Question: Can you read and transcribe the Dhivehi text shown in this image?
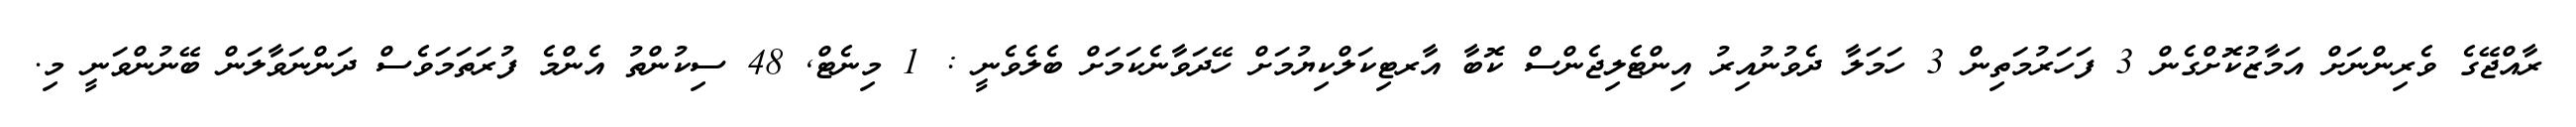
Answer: ރާއްޖޭގެ ވެރިންނަށް އަމާޒުކޮށްގެން 3 ފަހަރުމަތިން 3 ހަމަލާ ދެވުނުއިރު އިންޓެލިޖެންސް ކޮބާ އާރޓިކަލްކިޔުމަށް ހޭދަވާނެކަމަށް ބެލެވެނީ : 1 މިނެޓް, 48 ސިކުންތު އެންމެ ފުރަތަމަވެސް ދަންނަވާލަން ބޭނުންވަނީ މި.